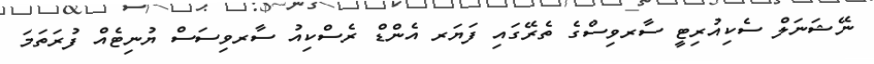
ނޭޝަނަލް ސެކިއުރިޓީ ސާރވިސްގެ ތެރޭގައި ފަަޔަރ އެންޑް ރެސްކިއު ސާރވިސަސް ޔުނިޓެއް ފުރަތަމަ